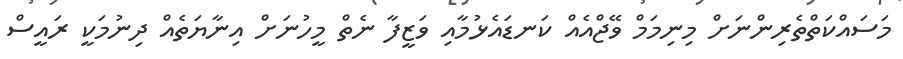
މަސައްކަތްތެރިންނަށް މިނިމަމް ވޭޖްއެއް ކަނޑައެޅުމާއި ވަޒީފާ ނެތް މީހުނަށް އިނާޔަތެއް ދިނުމަކީ ރައީސް